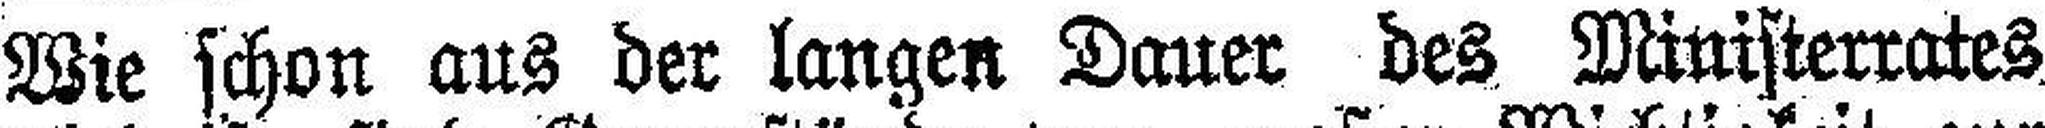
Wie schon aus der langen Dauer des Ministerrates